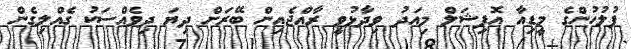
ފުލުހުންގެ މީޑިއާ އޮފިޝަލް މިއަދު ވިދާޅުވީ ރާއްޖެއިން ބޭރަށް ދިޔަ ދިވެއްސަކު ގެއްލިގެން